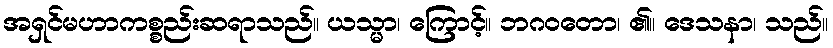
အရှင်မဟာကစ္စည်းဆရာသည်။ ယသ္မာ၊ ကြောင့်။ ဘဂဝတော၊ ၏။ ဒေသနာ၊ သည်။